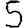
Digit: 5